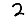
Digit: 2